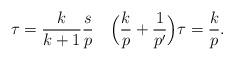
LaTeX: \begin{align*}\tau = \frac{k}{k+1} \frac{s}{p}\quad\Big( \frac{k}{p} + \frac{1}{p'} \Big) \tau = \frac{k}{p}.\end{align*}